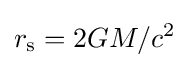
r_{\rm {s}}=2GM/c^{2}